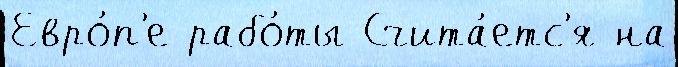
Евро́п'е рабо́ты Счита́етс'я на